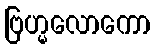
ဗြဟ္မလောကော